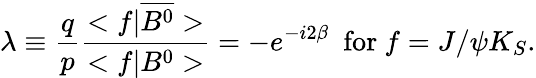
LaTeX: \lambda\equiv\frac{q}{p}\frac{<f|\overline{{{B^{0}}}}>}{<f|B^{0}>}=-e^{-i2\beta}\ \mathrm{~for~}f=J/\psi K_{S}.